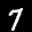
Label: 7